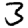
Digit: 3